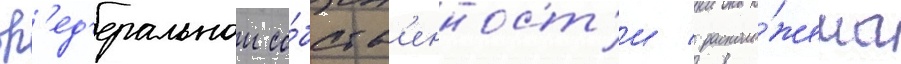
ф'ед'еральнои со́бств'енност'и / располо́жена